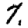
Digit: 7